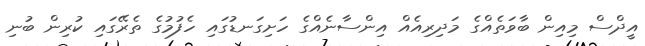
އީދްސް މިއިން ބާވަތެއްގެ މަދިރިއެއް އިންސާނެއްގެ ހަށިގަނޑުގައި ހެފުމުގެ ތެރޭގައި ކުރިން ބުނި